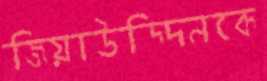
জিয়াউদ্দিনকে